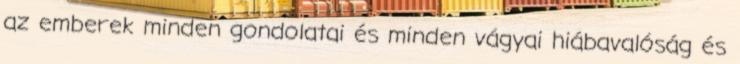
az emberek minden gondolatai és minden vágyai hiábavalóság és